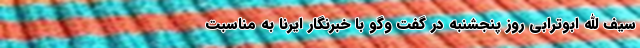
سیف الله ابوترابی روز پنجشنبه در گفت وگو با خبرنگار ایرنا به مناسبت